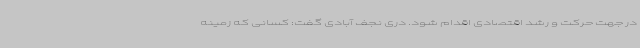
در جهت حرکت و رشد اقتصادی اقدام شود. دری نجف آبادی گفت: کسانی که زمینه